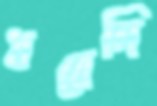
ধরেনি